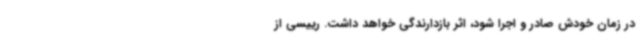
در زمان خودش صادر و اجرا شود، اثر بازدارندگی خواهد داشت. رییسی از